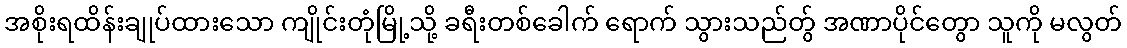
အစိုးရထိန်းချုပ်ထားသော ကျိုင်းတုံမြို့သို့ ခရီးတစ်ခေါက် ရောက် သွားသည်တွ် အဏာပိုင်တွော သူကို မလွတ်